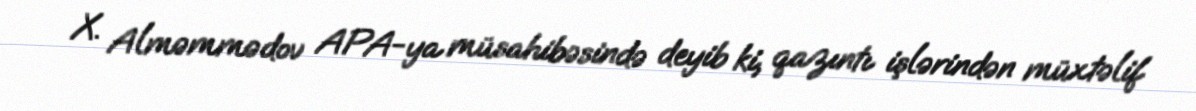
X. Alməmmədov APA-ya müsahibəsində deyib ki, qazıntı işlərindən müxtəlif